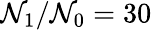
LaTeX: \mathcal{N}_{\mathrm{{1}}}/\mathcal{N}_{\mathrm{{0}}}=30